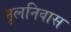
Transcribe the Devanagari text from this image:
मूलनिवास